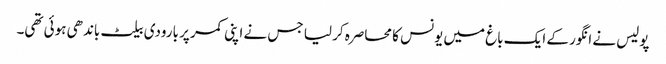
پولیس نے انگور کے ایک باغ میں یونس کا محاصرہ کر لیا جس نے اپنی کمر پر بارودی بیلٹ باندھی ہوئی تھی۔